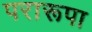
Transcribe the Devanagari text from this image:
परारूपा